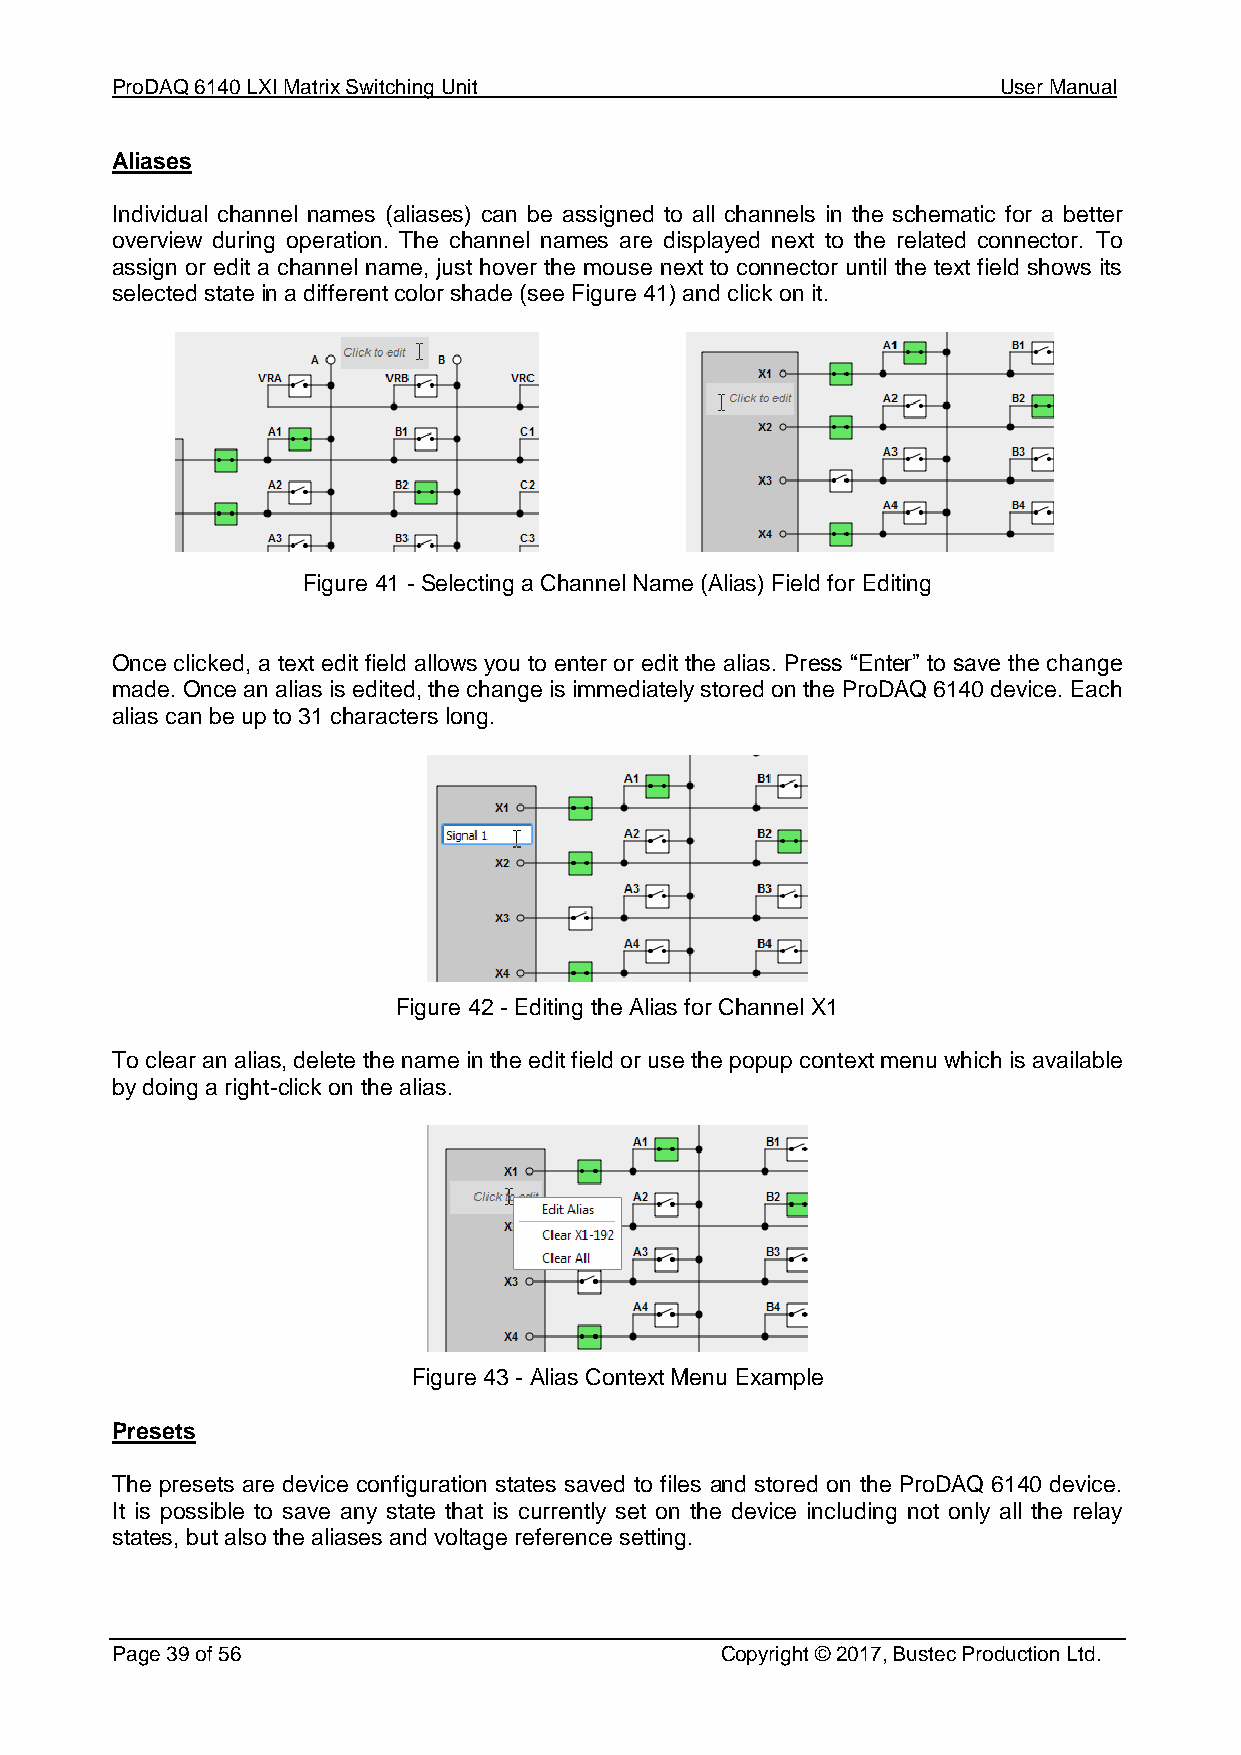
ProDAQ 6140 LXI Matrix Switching Unit                      User Manual
 Aliases
 Individual channel names (aliases) can be assigned to all channels in the schematic for a better
 overview during operation. The channel names are displayed next to the related connector. To
 assign or edit a channel name, just hover the mouse next to connector until the text field shows its
 selected state in a different color shade (see Figure 41) and click on it.
 Figure 41 - Selecting a Channel Name (Alias) Field for Editing
 Once clicked, a text edit field allows you to enter or edit the alias. Press “Enter” to save the change
 made. Once an alias is edited, the change is immediately stored on the ProDAQ 6140 device. Each
 alias can be up to 31 characters long.
 Figure 42 - Editing the Alias for Channel X1
 To clear an alias, delete the name in the edit field or use the popup context menu which is available
 by doing a right-click on the alias.
 Figure 43 - Alias Context Menu Example
 Presets
 The presets are device configuration states saved to files and stored on the ProDAQ 6140 device.
 It is possible to save any state that is currently set on the device including not only all the relay
 states, but also the aliases and voltage reference setting.
 Page 39 of 56                            Copyright © 2017, Bustec Production Ltd.